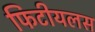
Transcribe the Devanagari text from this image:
फिटीयलस